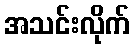
အသင်းလိုက်